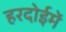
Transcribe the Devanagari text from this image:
हरदोईमें